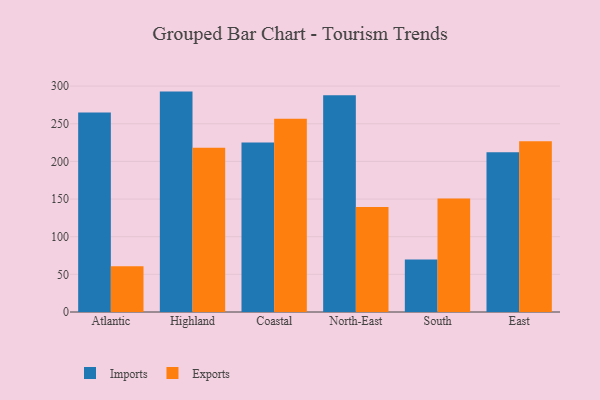
{"axis": {"x": "Region", "y": "Gross Profit (USD K)"}, "legend": ["Exports", "Imports"], "data": [{"x": "Atlantic", "y": 264.8, "type": "Imports"}, {"x": "Atlantic", "y": 60.7, "type": "Exports"}, {"x": "Highland", "y": 292.7, "type": "Imports"}, {"x": "Highland", "y": 218.0, "type": "Exports"}, {"x": "Coastal", "y": 225.1, "type": "Imports"}, {"x": "Coastal", "y": 256.5, "type": "Exports"}, {"x": "North-East", "y": 287.8, "type": "Imports"}, {"x": "North-East", "y": 139.5, "type": "Exports"}, {"x": "South", "y": 69.7, "type": "Imports"}, {"x": "South", "y": 150.6, "type": "Exports"}, {"x": "East", "y": 212.1, "type": "Imports"}, {"x": "East", "y": 226.9, "type": "Exports"}]}